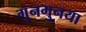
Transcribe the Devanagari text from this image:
गुनगुनया